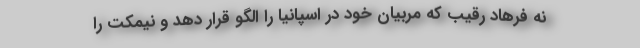
نه فرهادِ رقیب که مربیان خود در اسپانیا را الگو قرار دهد و نیمکت را